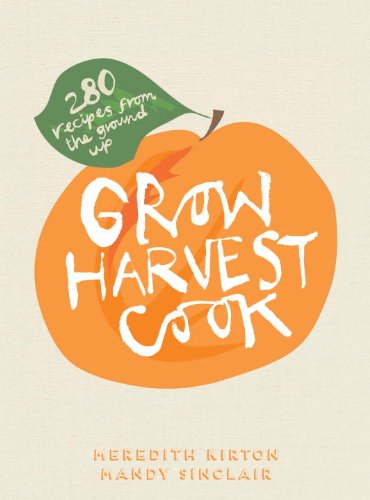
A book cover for Grow Harvest Cook: 280 Recipes from the Ground Up; Meredith Kirton; Cookbooks, Food & Wine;